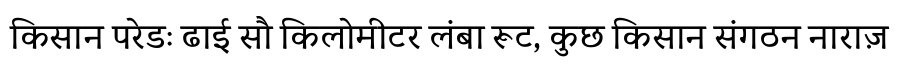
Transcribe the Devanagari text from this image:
किसान परेडः ढाई सौ किलोमीटर लंबा रूट, कुछ किसान संगठन नाराज़